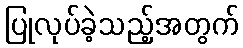
ပြုလုပ်ခဲ့သည့်အတွက်